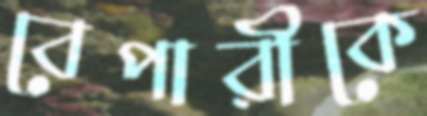
বেপারীকে